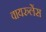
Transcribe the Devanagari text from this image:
वायरुलेंस